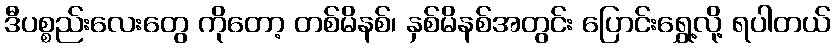
ဒီပစ္စည်းလေးတွေ ကိုတော့ တစ်မိနစ်၊ နှစ်မိနစ်အတွင်း ပြောင်းရွှေ့လို့ ရပါတယ်